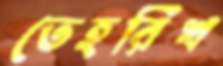
তেহরিখ